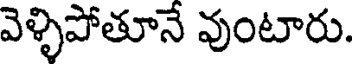
వెళ్ళిపోతూనే వుంటారు.